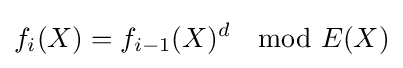
f_{i}(X)=f_{i-1}(X)^{d}\mod E(X)